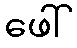
ဖေါ်